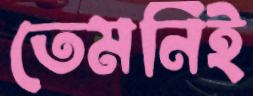
তেমনিই